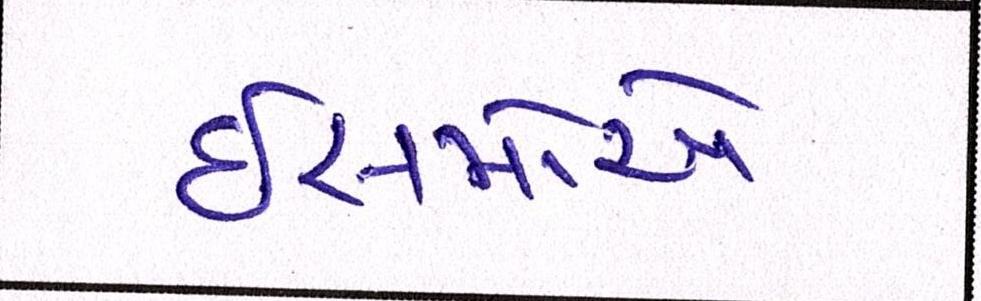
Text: ઈસમોએ